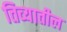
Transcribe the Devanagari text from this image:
तिव्यातील